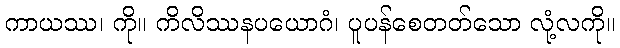
ကာယဿ၊ ကို။ ကိလိဿနပယောဂံ၊ ပူပန်စေတတ်သော လုံ့လကို။